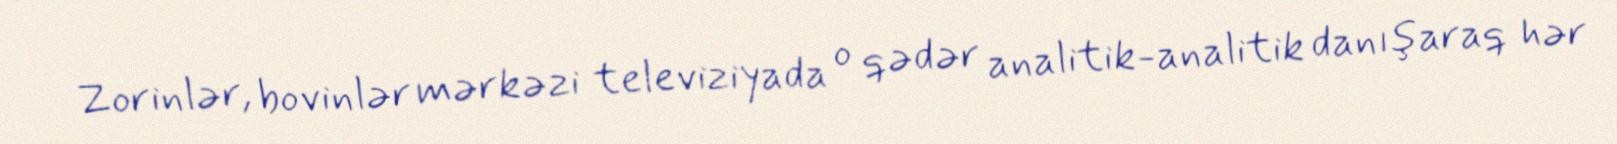
Zorinlər, bovinlər mərkəzi televiziyada o qədər analitik-analitik danışaraq hər